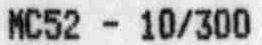
MC52 - 10/300